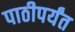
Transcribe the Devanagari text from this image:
पाठीपर्यंत